system: You are a helpful assistant.
user:
Analyze the provided spectrum to determine if it is a **M-type Giant (gM)**.

A M-type Giant spectrum is defined by its **strong molecular absorption** features, particularly from **Titanium Oxide (TiO)**. You must check for one of the following mutually exclusive signatures:

- **Key Visual Indicators (Absorption-Dominated Spectrum):**

    - **(Primary):** The spectrum is dominated by strong molecular absorption from **Titanium Oxide (TiO)**. This is the **defining feature** of its M-type temperature class.
        - **(Key Bandheads):** Look for sharp, "saw-tooth" absorption valleys. The strongest are located near **~7050 Å**, **~6160 Å**, and **~5170 Å**.
        - **(Line Profile):** The "saw-tooth" morphology is critical: a **sharp, steep drop on the BLUE (short-wavelength) side** of the bandhead, followed by a gradual recovery (rising flux) towards the RED (long-wavelength) side.

    - **(Key Confirmation - Giant vs. Dwarf):** **ABSENCE** of strong **Calcium Hydride (CaH)** molecular bands. This is the primary diagnostic for *excluding* M-dwarfs.
        - **(Key Region):** The spectrum should lack the strong, broad absorption band seen in dwarfs between **~6800 Å and ~7000 Å**.

    - **(Secondary Confirmation - Giant):** A very strong and broad **Neutral Calcium (Ca I)** atomic absorption line.
        - **(Key Line):** Located at **~4226 Å**. In a giant (gM), this line is significantly deeper and broader than the same line in an M-dwarf (dM) due to low surface gravity.

    - **(Overall Spectrum):**
        - The continuum is **extremely red-sloping** (i.e., flux is very low in the blue and rises dramatically towards the red).
        - The entire spectrum appears "chopped up" by the deep TiO bands.

Think first, call **spectral_visualization_tool** if needed to examine features in detail, then provide your final answer. Your response must adhere to the following strict rules:
1.  **Overall Structure:** Your response must follow the format `<think>...</think> <tool_call>...</tool_call> (if a tool is used) <answer>...</answer>`.
2.  **Tool Usage Constraint:** You may only make **one** tool call per turn.
3.  **Final Answer Format:** In the `<answer>` tag, your conclusion must be inside a `\boxed{}` command (e.g., `\boxed{YES}` or `\boxed{NO}`), followed by your justification.

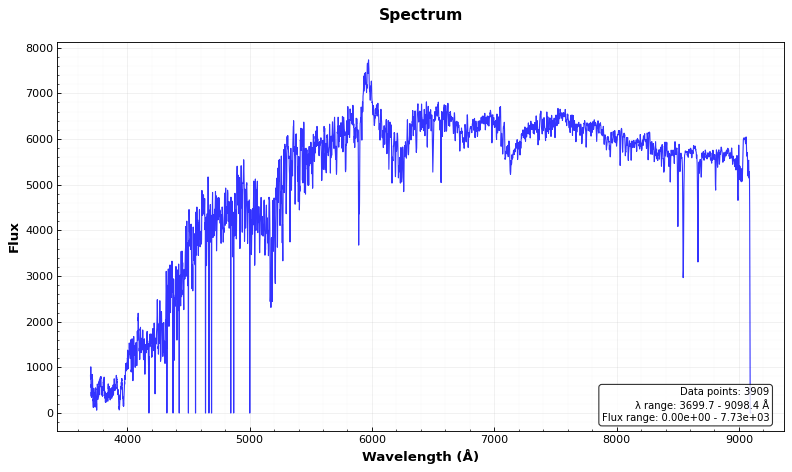
Answer: NO